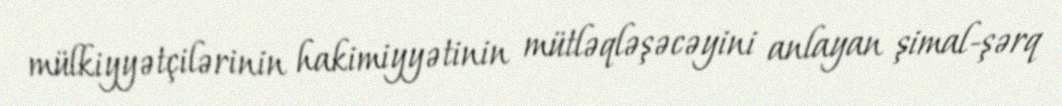
mülkiyyətçilərinin hakimiyyətinin mütləqləşəcəyini anlayan şimal-şərq